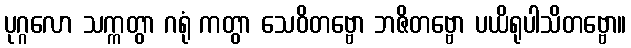
ပုဂ္ဂလော သက္ကတွာ ဂရုံ ကတွာ သေဝိတဗ္ဗော ဘဇိတဗ္ဗော ပယိရုပါသိတဗ္ဗော။